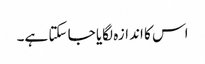
اس کا اندازہ لگایا جا سکتا ہے۔